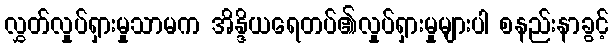
လွှတ်လှုပ်ရှားမှုသာမက အိန္ဒိယရေတပ်၏လှုပ်ရှားမှုများပါ စနည်းနာခွင့်